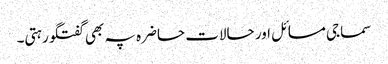
سماجی مسائل اور حالات حاضرہ پہ بھی گفتگو رہتی۔